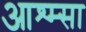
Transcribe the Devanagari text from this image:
आश्म्सा